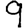
Digit: 9